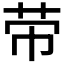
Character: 𦭬